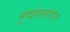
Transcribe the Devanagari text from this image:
मुंबईशहरातील